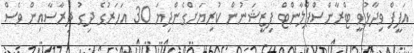
އަފީފް ވިދާޅުވީ ޓްރާންސްޕްލާންޓް ފިޒީޝަނުން ކުރިޔަށްގެންދިޔަ 30 އަހަރުގެ ދިގު ދިރާސާއިން ވެސް